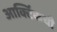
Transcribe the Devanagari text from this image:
आर्क्टिकची